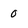
Character: 0